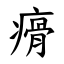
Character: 㾶